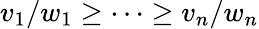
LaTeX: v_{1}/w_{1}\geq\cdots\geq v_{n}/w_{n}